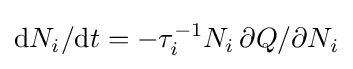
\mathrm {d} N_{i}/\mathrm {d} t=-\tau _{i}^{-1}N_{i}\,\partial Q/\partial N_{i}